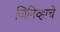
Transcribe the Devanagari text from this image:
जिनिव्हाचे